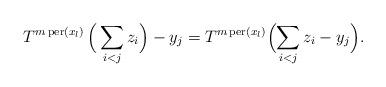
LaTeX: \begin{align*}T^{m\, \textrm{per}(x_l)}\,\Bigl(\,\sum_{i<j}z_{i} \Bigr)-y_j=T^{m\, \textrm{per}(x_l)}\Bigl(\sum_{i<j}z_i-y_j\Bigr).\end{align*}